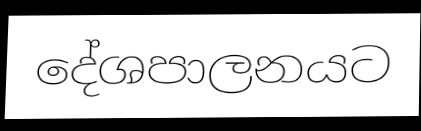
දේශපාලනයට